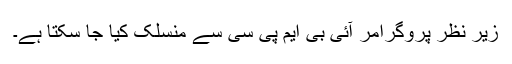
زیر نظر پروگرامر آئی بی ایم پی سی سے منسلک کیا جا سکتا ہے۔